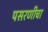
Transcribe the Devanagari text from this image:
पसरणीचा